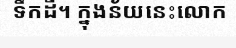
ទឹកដី។ ក្នុងន័យនេះលោក